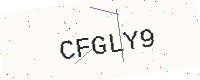
Text: CFGLY9